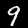
Label: 9